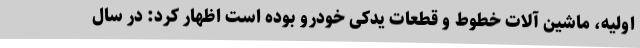
اولیه، ماشین آلات خطوط و قطعات یدکی خودرو بوده است اظهار کرد: در سال